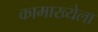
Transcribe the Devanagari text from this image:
कामाख्येला